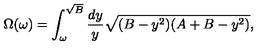
\Omega ( \omega ) = \int _ { \omega } ^ { \sqrt { B } } { \frac { d y } { y } } \sqrt { ( B - y ^ { 2 } ) ( A + B - y ^ { 2 } ) } ,